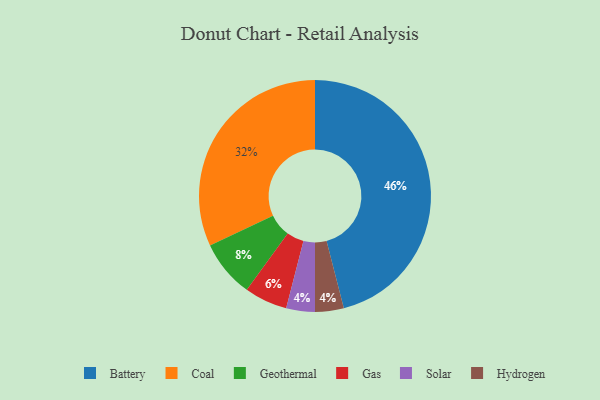
{"axis": {"x": "Category", "y": "Percentage"}, "legend": ["Battery", "Coal", "Gas", "Geothermal", "Hydrogen", "Solar"], "data": [{"x": "Solar", "y": 4, "type": "Solar"}, {"x": "Coal", "y": 32, "type": "Coal"}, {"x": "Gas", "y": 6, "type": "Gas"}, {"x": "Geothermal", "y": 8, "type": "Geothermal"}, {"x": "Battery", "y": 46, "type": "Battery"}, {"x": "Hydrogen", "y": 4, "type": "Hydrogen"}]}